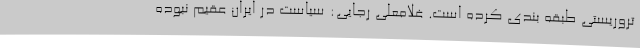
تروریستی طبقه بندی کرده است. غلامعلی رجایی: سیاست در ایران عقیم نبوده